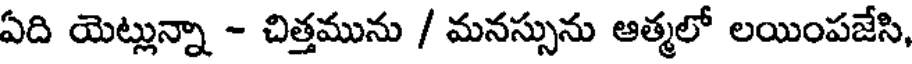
ఏది యెట్లున్నా - చిత్తమును / మనస్సును ఆత్మలో లయింపజేసి,